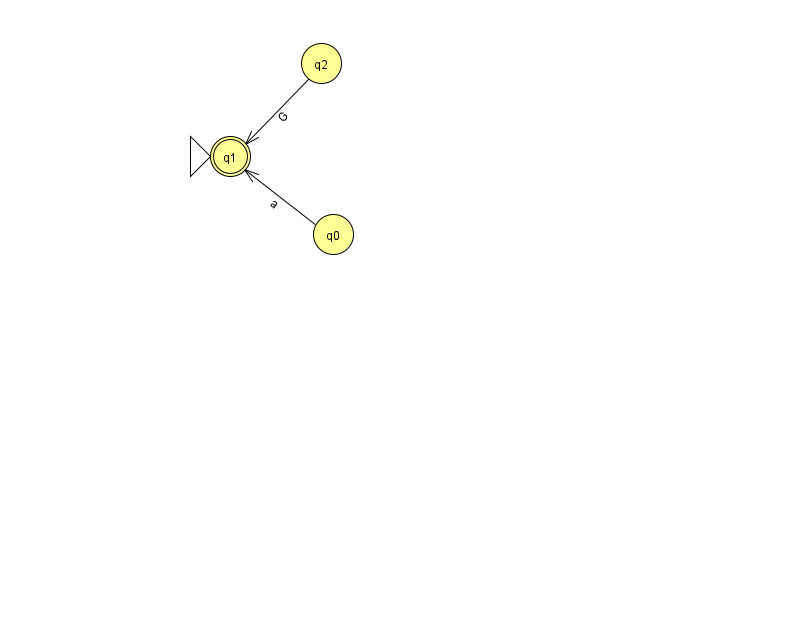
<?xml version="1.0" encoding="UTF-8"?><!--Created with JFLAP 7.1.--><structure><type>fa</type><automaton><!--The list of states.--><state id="0" name="q0"><x>333.0</x><y>221.0</y></state><state id="1" name="q1"><x>230.0</x><y>143.0</y><initial/><final/></state><state id="2" name="q2"><x>321.0</x><y>50.0</y></state><!--The list of transitions.--><transition><from>2</from><to>1</to><read>G</read></transition><transition><from>0</from><to>1</to><read>a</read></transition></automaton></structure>